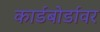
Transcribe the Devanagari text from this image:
कार्डबोर्डावर